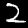
Label: 2